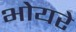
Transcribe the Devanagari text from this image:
भोयरे